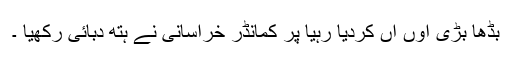
بڈھا بڑی اوں آں کردیا رہیا پر کمانڈر خراسانی نے ہتھ دبائی رکھیا ۔